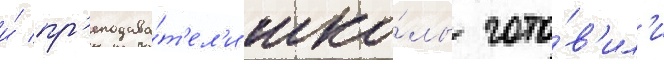
и́ пр'еподава́т'ел'и шко́лы гото́в'ил'и